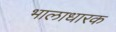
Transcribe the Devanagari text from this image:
भालाधारक